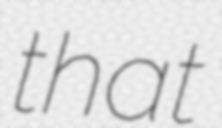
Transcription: that